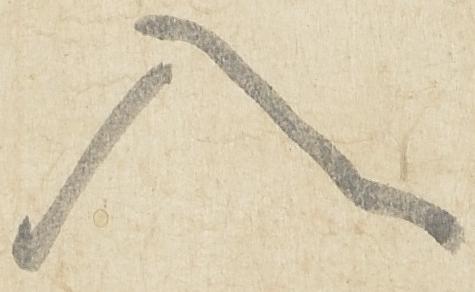
入